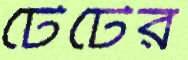
টেটের